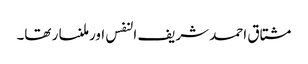
مشتاق احمد شریف النفس اور ملنسار تھا۔